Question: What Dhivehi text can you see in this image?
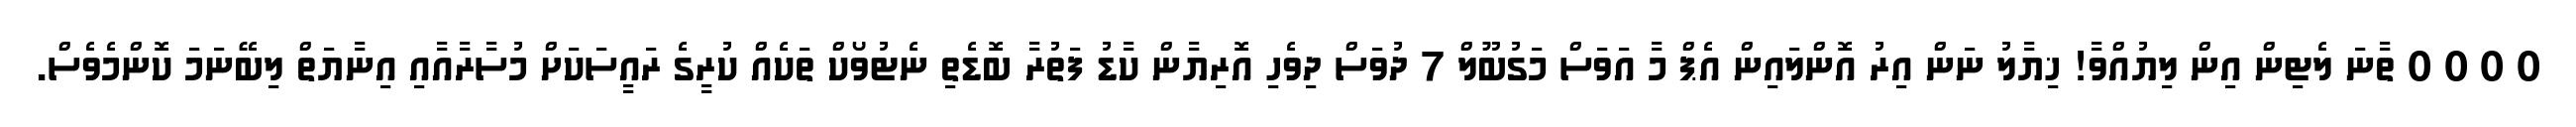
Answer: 0 0 0 0 ތާނަ ލެޓިން އިން ލިޔުއްވާ! ޚިޔާލު ނަން އިރު އޮންލައިން އެޕް މާ އަވަސް މަގުބޫލް 7 ދުވަސް ދިވެހި އޮރިޔާން ކާޑު ފަތުރާ ބޮޑެތި ނެޓުވޯކް ތަކެއް ކުރީގެ ރައީސަކަށް މުސާރާއާއި އިނާޔަތް ލިބޭނަމަ ކޮންމެވެސް.